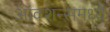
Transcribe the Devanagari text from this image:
ऑक्शन्समध्ये